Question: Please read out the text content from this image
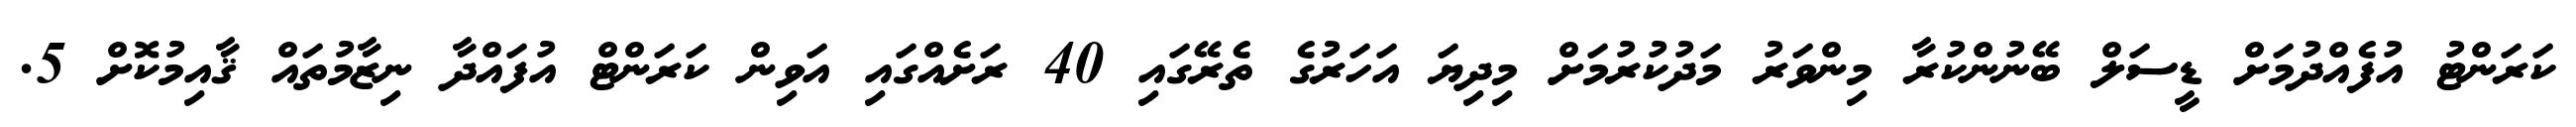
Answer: ކަރަންޓު އުފެއްދުމަށް ޑީސަލް ބޭނުންކުރާ މިންވަރު މަދުކުރުމަށް މިދިޔަ އަހަރުގެ ތެރޭގައި 40 ރަށެއްގައި އަވިން ކަރަންޓް އުފައްދާ ނިޒާމުތައް ޤާއިމުކޮށް 5.